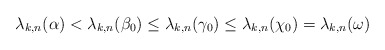
\begin{align*}\lambda_{k,n}(\alpha) < \lambda_{k,n}(\beta_0) \le \lambda_{k,n}(\gamma_0) \le \lambda_{k,n}(\chi_0) = \lambda_{k,n}(\omega)\end{align*}